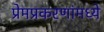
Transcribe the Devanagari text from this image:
प्रेमप्रकरणांमध्ये